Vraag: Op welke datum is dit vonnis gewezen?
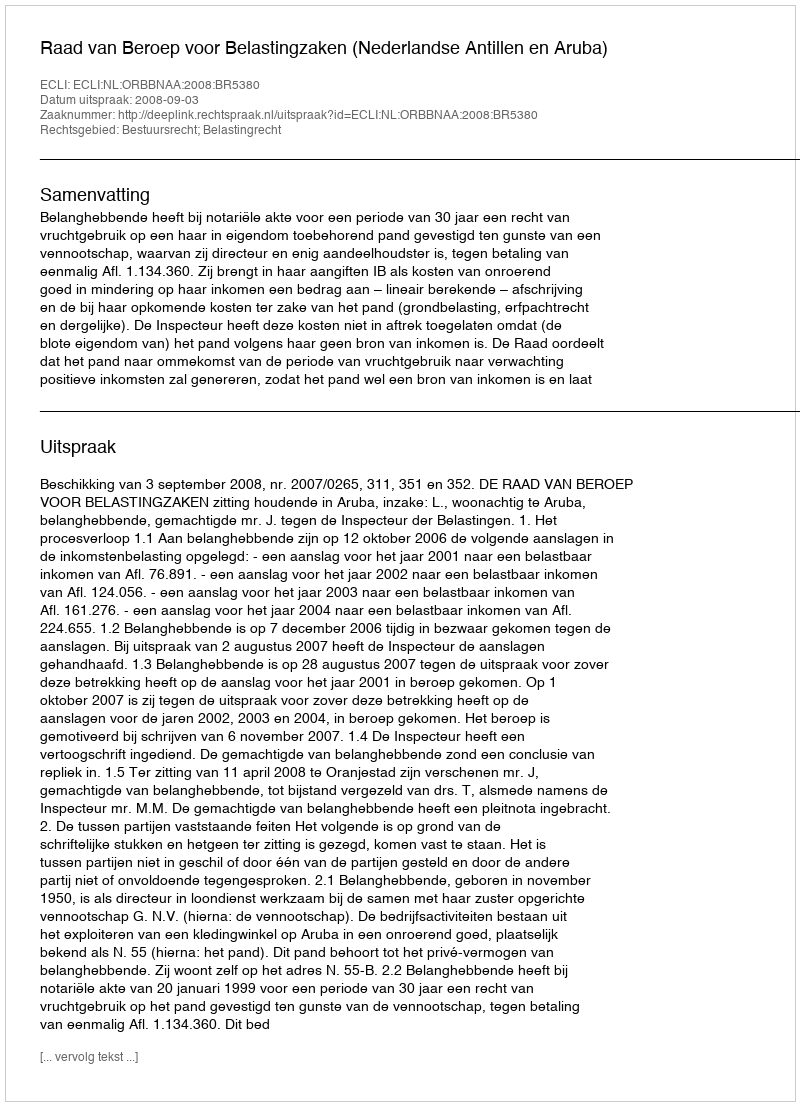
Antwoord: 2008-09-03